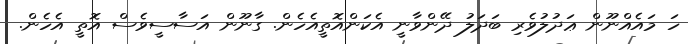
ހަ މައެއްނޫން ޢަދުލުވެރި ބަދަލު ދޭންވާނީ އެކަންއޮތީއެހެން. ގާނޫން އަސާސީވެސް އޮތީ އެހެން.